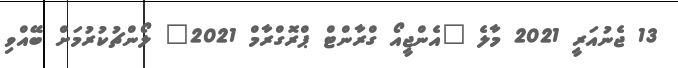
13 ޖެނުއަރީ 2021 މާލެ "އެންޖީއޯ ގްރާންޓް ޕްރޮގްރާމް 2021" ލޯންޗުކުރުމަށް ބޭއްވި